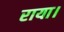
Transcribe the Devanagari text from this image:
राया।